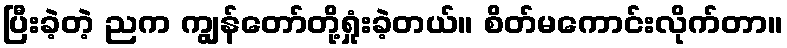
ပြီးခဲ့တဲ့ ညက ကျွန်တော်တို့ရှုံးခဲ့တယ်။ စိတ်မကောင်းလိုက်တာ။